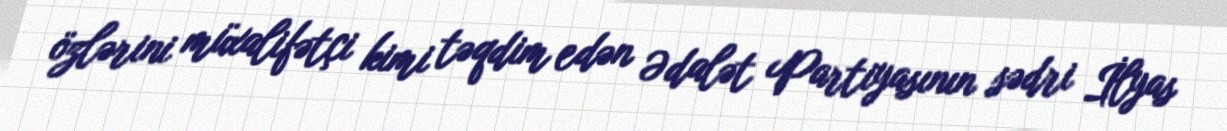
özlərini müxalifətçi kimi təqdim edən Ədalət Partiyasının sədri İlyas